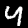
Digit: 4